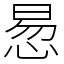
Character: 惖